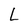
Character: L